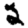
Digit: 2